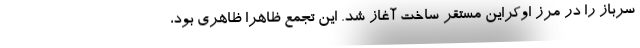
سرباز را در مرز اوکراین مستقر ساخت آغاز شد. این تجمع ظاهرا ظاهری بود،